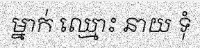
ម្នាក់ ឈ្មោះ នាយ ទុំ